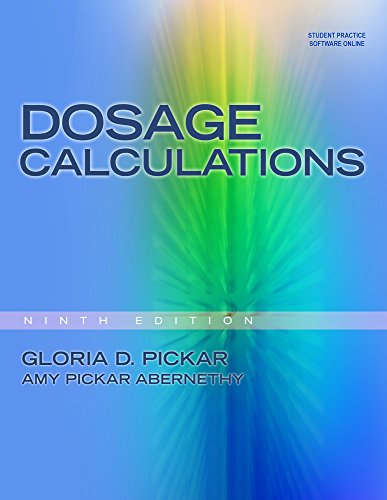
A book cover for Dosage Calculations, 9th Edition; Gloria D. Pickar; Medical Books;